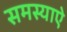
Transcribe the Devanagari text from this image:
समस्याऐ